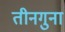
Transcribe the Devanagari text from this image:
तीनगुना